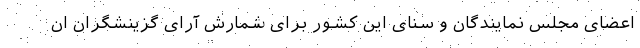
اعضای مجلس نمایندگان و سنای این کشور برای شمارش آرای گزینشگران ان